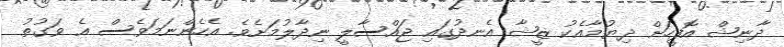
ދާނިޝް އޮފީހަށް ދިޔުމާއެކު ޒީޝާ އެނދުގައި ޖައްސާލީ ނިދާލުމަށެވެ. އެހެންނަމަވެސް އެ ވަގުތު